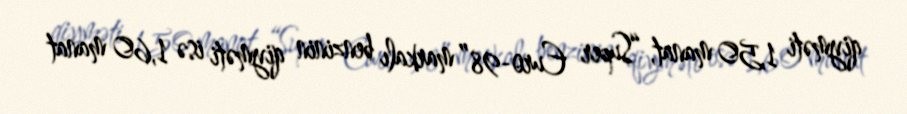
qiyməti 1,50 manat, “Super Euro-98” markalı benzinin qiyməti isə 1,60 manat